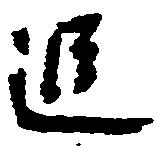
追